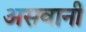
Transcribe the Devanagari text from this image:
असवानी